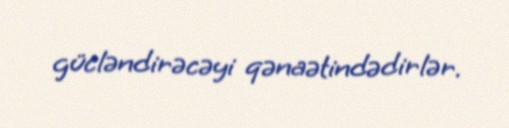
gücləndirəcəyi qənaətindədirlər.